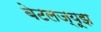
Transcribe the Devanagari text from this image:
बेटलज्यूझ